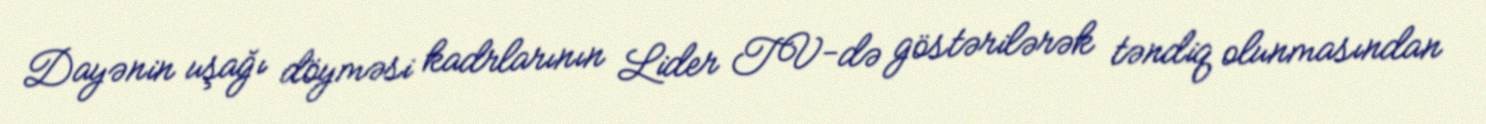
Dayənin uşağı döyməsi kadrlarının Lider TV-də göstərilərək təndiq olunmasından